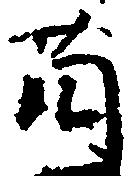
薗